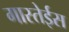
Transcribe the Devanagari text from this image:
गास्तेईस